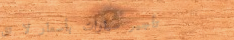
تأجير سيارات بأسعار لا تق